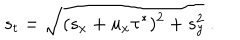
s _ { t } = \sqrt { ( s _ { x } + u _ { x } \tau ^ { * } ) ^ { 2 } + s _ { y } ^ { 2 } } \ .